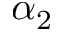
\alpha _ { 2 }